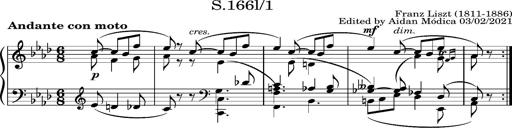
Title: Album-leaf 'Andante con moto' (S.166l/1)
Composer: Franz Liszt
Key: A-flat major (S.166l/1)